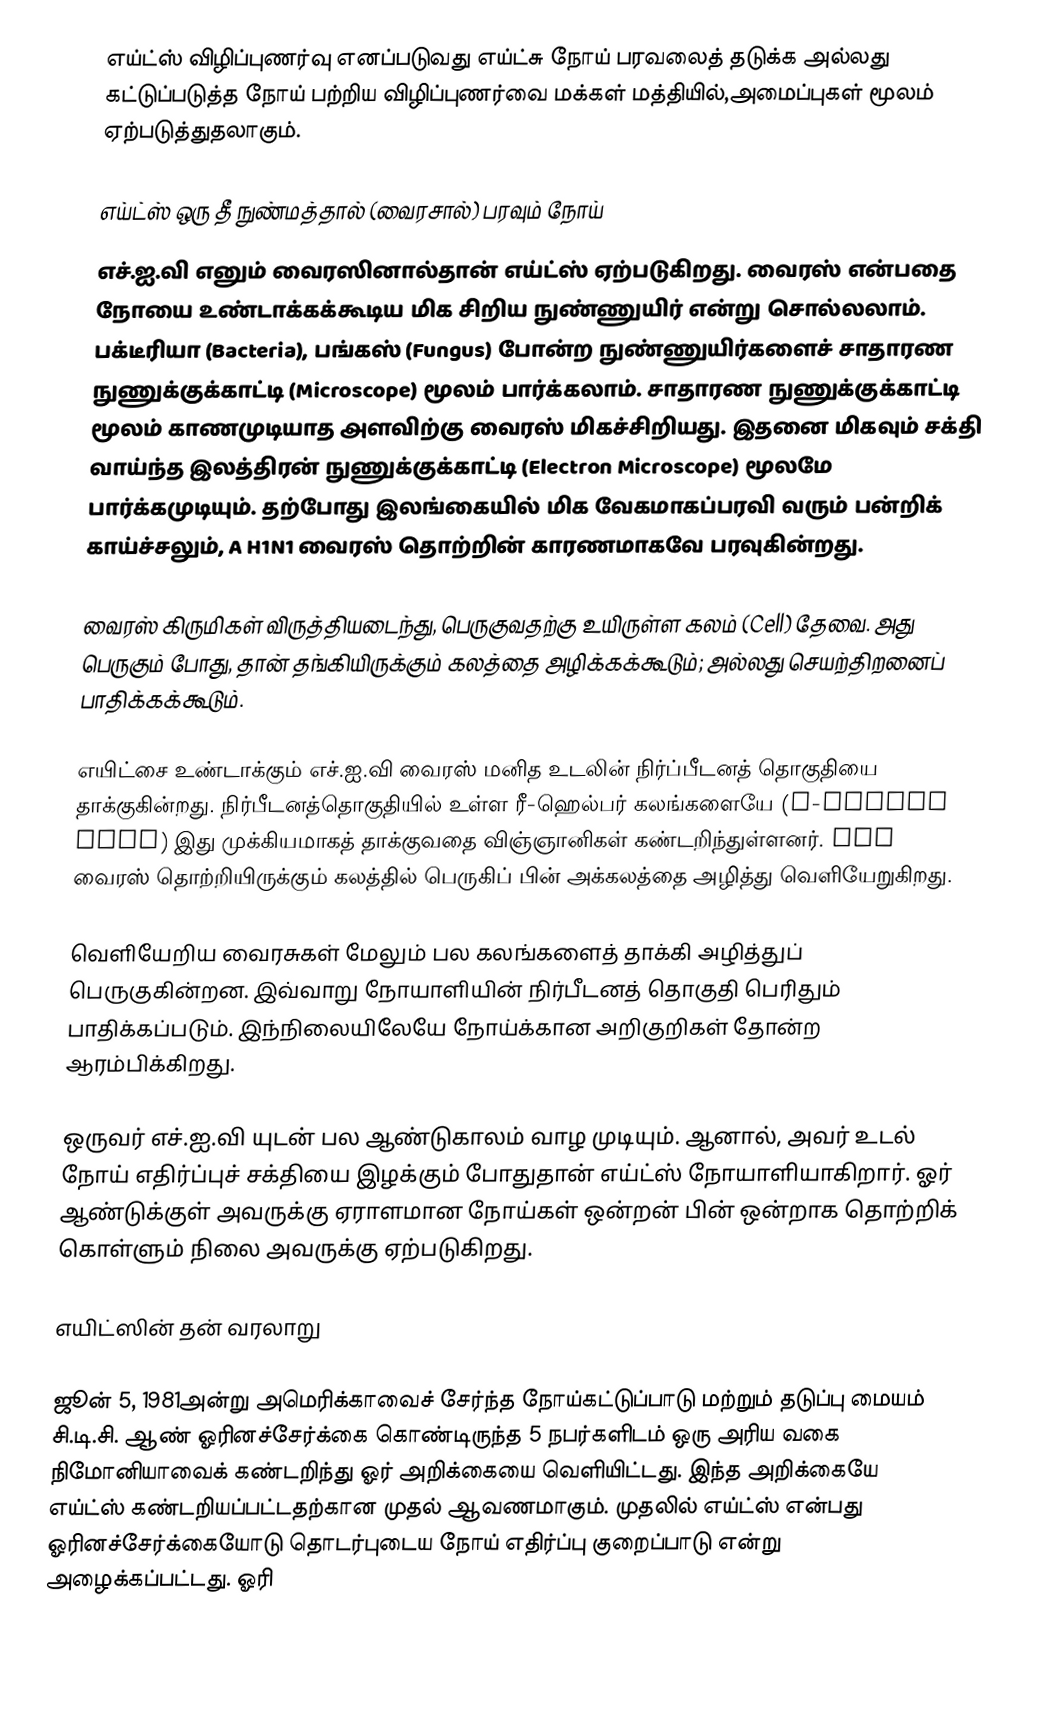
எய்ட்ஸ் விழிப்புணர்வு எனப்படுவது எய்ட்சு நோய் பரவலைத் தடுக்க அல்லது கட்டுப்படுத்த நோய் பற்றிய விழிப்புணர்வை மக்கள் மத்தியில்,அமைப்புகள் மூலம் ஏற்படுத்துதலாகும்.

எய்ட்ஸ் ஒரு தீ நுண்மத்தால் (வைரசால்) பரவும் நோய்
எச்.ஐ.வி எனும் வைரஸினால்தான் எய்ட்ஸ் ஏற்படுகிறது. வைரஸ் என்பதை நோயை உண்டாக்கக்கூடிய மிக சிறிய நுண்ணுயிர் என்று சொல்லலாம். பக்டீரியா (Bacteria), பங்கஸ் (Fungus) போன்ற நுண்ணுயிர்களைச் சாதாரண நுணுக்குக்காட்டி (Microscope) மூலம் பார்க்கலாம். சாதாரண நுணுக்குக்காட்டி மூலம் காணமுடியாத அளவிற்கு வைரஸ் மிகச்சிறியது. இதனை மிகவும் சக்தி வாய்ந்த இலத்திரன் நுணுக்குக்காட்டி (Electron Microscope) மூலமே பார்க்கமுடியும். தற்போது இலங்கையில் மிக வேகமாகப்பரவி வரும் பன்றிக் காய்ச்சலும், A H1N1 வைரஸ் தொற்றின் காரணமாகவே பரவுகின்றது.

வைரஸ் கிருமிகள் விருத்தியடைந்து, பெருகுவதற்கு உயிருள்ள கலம் (Cell) தேவை. அது பெருகும் போது, தான் தங்கியிருக்கும் கலத்தை அழிக்கக்கூடும்; அல்லது செயற்திறனைப் பாதிக்கக்கூடும்.

எயிட்சை உண்டாக்கும் எச்.ஐ.வி வைரஸ் மனித உடலின் நிர்ப்பீடனத் தொகுதியை தாக்குகின்றது. நிர்பீடனத்தொகுதியில் உள்ள ரீ-ஹெல்பர் கலங்களையே (T-helper Cell) இது முக்கியமாகத் தாக்குவதை விஞ்ஞானிகள் கண்டறிந்துள்ளனர். HIV வைரஸ் தொற்றியிருக்கும் கலத்தில் பெருகிப் பின் அக்கலத்தை அழித்து வெளியேறுகிறது.

வெளியேறிய வைரசுகள் மேலும் பல கலங்களைத் தாக்கி அழித்துப் பெருகுகின்றன. இவ்வாறு நோயாளியின் நிர்பீடனத் தொகுதி பெரிதும் பாதிக்கப்படும். இந்நிலையிலேயே நோய்க்கான அறிகுறிகள் தோன்ற ஆரம்பிக்கிறது.

ஒருவர் எச்.ஐ.வி யுடன் பல ஆண்டுகாலம் வாழ முடியும். ஆனால், அவர் உடல் நோய் எதிர்ப்புச் சக்தியை இழக்கும் போதுதான் எய்ட்ஸ் நோயாளியாகிறார். ஓர் ஆண்டுக்குள் அவருக்கு ஏராளமான நோய்கள் ஒன்றன் பின் ஒன்றாக தொற்றிக் கொள்ளும் நிலை அவருக்கு ஏற்படுகிறது.

எயிட்ஸின் தன் வரலாறு

ஜூன் 5, 1981அன்று அமெரிக்காவைச் சேர்ந்த நோய்கட்டுப்பாடு மற்றும் தடுப்பு மையம் சி.டி.சி. ஆண் ஓரினச்சேர்க்கை கொண்டிருந்த 5 நபர்களிடம் ஒரு அரிய வகை நிமோனியாவைக் கண்டறிந்து ஓர் அறிக்கையை வெளியிட்டது. இந்த அறிக்கையே எய்ட்ஸ் கண்டறியப்பட்டதற்கான முதல் ஆவணமாகும். முதலில் எய்ட்ஸ் என்பது ஓரினச்சேர்க்கையோடு தொடர்புடைய நோய் எதிர்ப்பு குறைப்பாடு என்று அழைக்கப்பட்டது. ஓரி